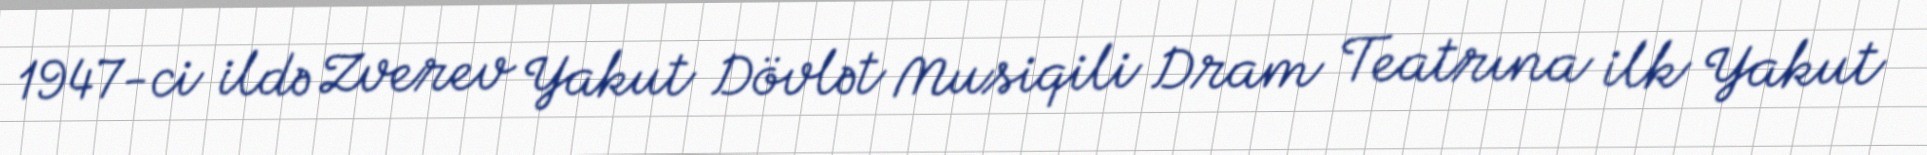
1947-ci ildə Zverev Yakut Dövlət Musiqili Dram Teatrına ilk Yakut